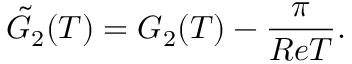
{ \tilde { G } _ { 2 } ( T ) } = G _ { 2 } ( T ) - \frac { \pi } { R e T } .